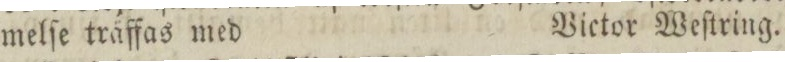
melſe träffas med    Victor Weſtring.